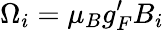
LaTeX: \Omega_{i}=\mu_{B}g_{F}^{\prime}B_{i}